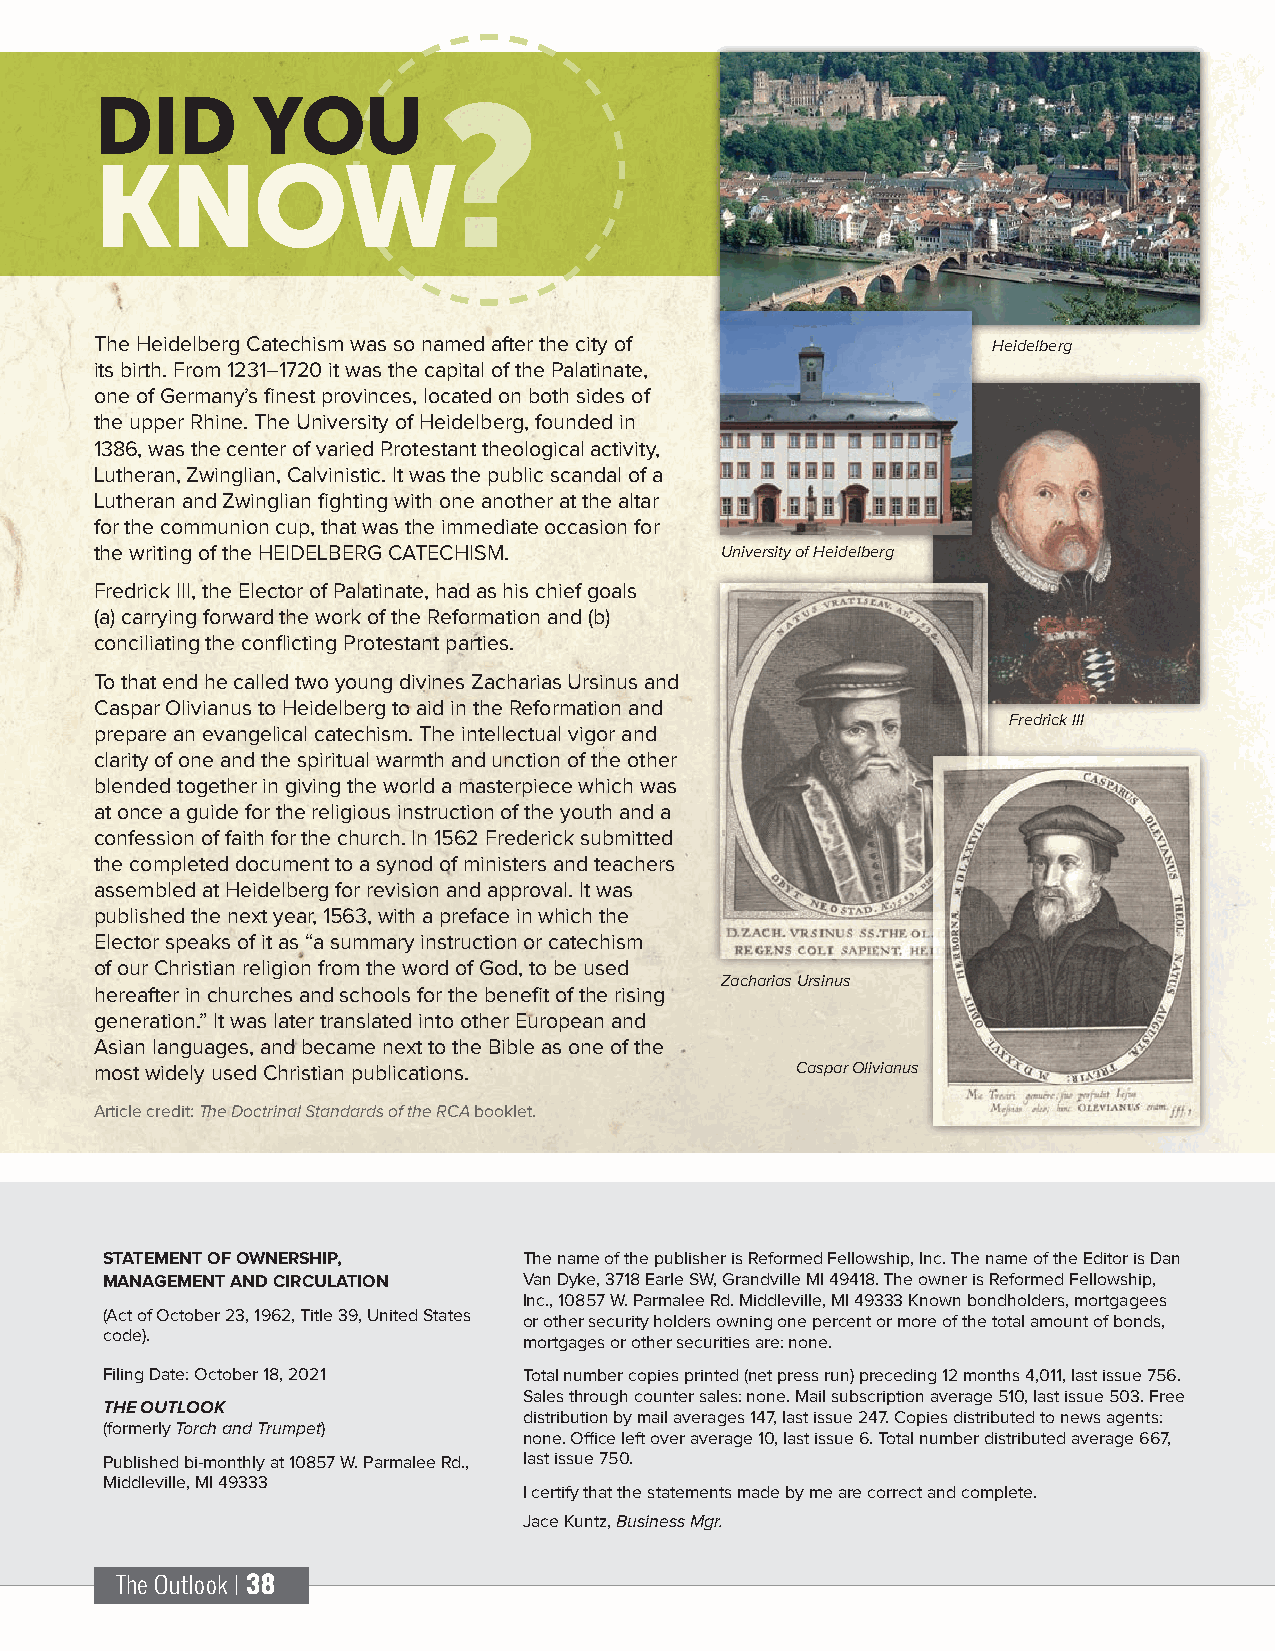
DID        YOU         ?
 KNOW
 The Heidelberg Catechism was so named after the city of     Heidelberg
 its birth. From 1231–1720 it was the capital of the Palatinate,
 one of Germany’s finest provinces, located on both sides of
 the upper Rhine. The University of Heidelberg, founded in
 1386, was the center of varied Protestant theological activity,
 Lutheran, Zwinglian, Calvinistic. It was the public scandal of a
 Lutheran and Zwinglian fighting with one another at the altar
 for the communion cup, that was the immediate occasion for
 the writing of the HEIDELBERG CATECHISM.  University of Heidelberg
 Fredrick III, the Elector of Palatinate, had as his chief goals
 (a) carrying forward the work of the Reformation and (b)
 conciliating the conflicting Protestant parties.
 To that end he called two young divines Zacharias Ursinus and
 Caspar Olivianus to Heidelberg to aid in the Reformation and
 Fredrick III
 prepare an evangelical catechism. The intellectual vigor and
 clarity of one and the spiritual warmth and unction of the other
 blended together in giving the world a masterpiece which was
 at once a guide for the religious instruction of the youth and a
 confession of faith for the church. In 1562 Frederick submitted
 the completed document to a synod of ministers and teachers
 assembled at Heidelberg for revision and approval. It was
 published the next year, 1563, with a preface in which the
 Elector speaks of it as “a summary instruction or catechism
 of our Christian religion from the word of God, to be used
 Zacharias Ursinus
 hereafter in churches and schools for the benefit of the rising
 generation.” It was later translated into other European and
 Asian languages, and became next to the Bible as one of the
 most widely used Christian publications.       Caspar Olivianus
 Article credit: The Doctrinal Standards of the RCA booklet.
 STATEMENT OF OWNERSHIP,     The name of the publisher is Reformed Fellowship, Inc. The name of the Editor is Dan
 MANAGEMENT AND CIRCULATION  Van Dyke, 3718 Earle SW, Grandville MI 49418. The owner is Reformed Fellowship,
 Inc., 10857 W. Parmalee Rd. Middleville, MI 49333 Known bondholders, mortgagees
 (Act of October 23, 1962, Title 39, United States or other security holders owning one percent or more of the total amount of bonds,
 code).                      mortgages or other securities are: none.
 Filing Date: October 18, 2021 Total number copies printed (net press run) preceding 12 months 4,011, last issue 756.
 Sales through counter sales: none. Mail subscription average 510, last issue 503. Free
 THE OUTLOOK
 distribution by mail averages 147, last issue 247. Copies distributed to news agents:
 (formerly Torch and Trumpet)
 none. Office left over average 10, last issue 6. Total number distributed average 667,
 Published bi-monthly at 10857 W. Parmalee Rd., last issue 750.
 Middleville, MI 49333
 I certify that the statements made by me are correct and complete.
 Jace Kuntz, Business Mgr.
 The Outlook | 38